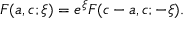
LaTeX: F ( a , c ; \xi ) = e ^ { \xi } F ( c - a , c ; - \xi ) .